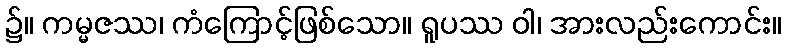
၌။ ကမ္မဇဿ၊ ကံကြောင့်ဖြစ်သော။ ရူပဿ ဝါ၊ အားလည်းကောင်း။